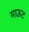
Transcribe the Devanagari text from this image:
माऊट